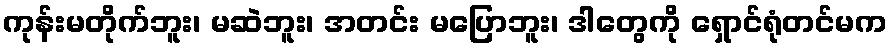
ကုန်းမတိုက်ဘူး၊ မဆဲဘူး၊ အတင်း မပြောဘူး၊ ဒါတွေကို ရှောင်ရုံတင်မက